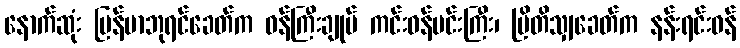
နောက်ဆုံး မြန်မာဘုရင်ခေတ်က ဝန်ကြီးချုပ် ကင်းဝန်မင်းကြီး၊ ဗြိတိသျှခေတ်က နန်းရင်းဝန်